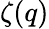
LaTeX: \zeta(q)